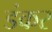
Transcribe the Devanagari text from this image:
डंकर